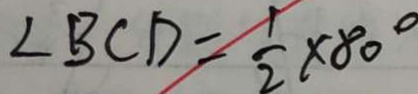
\angle B C D = \frac { 1 } { 2 } \times 8 0 ^ { \circ }